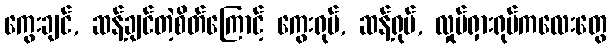
ကွေးချင်, ဆန့်ချင်တဲ့စိတ်ကြောင့် ကွေးရုပ်, ဆန့်ရုပ်, လှုပ်ရှားရုပ်ကလေးတွေ